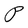
Character: P